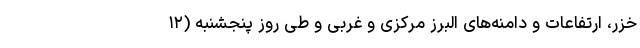
خزر، ارتفاعات و دامنه‌های البرز مرکزی و غربی و طی روز پنجشنبه (۱۲